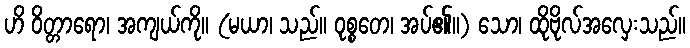
ဟိ ဝိတ္တာရော၊ အကျယ်ကို။ (မယာ၊ သည်။ ဝုစ္စတေ၊ အပ်၏။) သော၊ ထိုဗိုလ်အလှေးသည်။